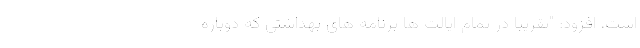
است، افزود: "تقریباً در تمام ایالت ها برنامه های بهداشتی که دوباره